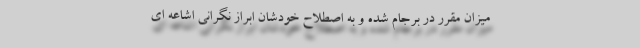
میزان مقرر در برجام شده و به اصطلاح خودشان ابراز نگرانی اشاعه ای